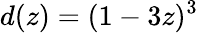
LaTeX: d(z)=(1-3z)^{3}